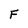
Character: F